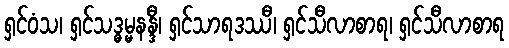
ရှင်ဝံသ၊ ရှင်သဒ္ဓမ္မနန္ဒီ၊ ရှင်သာရဒဿီ၊ ရှင်သီလာစာရ၊ ရှင်သီလာစာရ